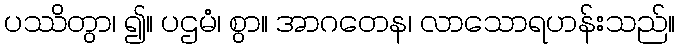
ပဿိတွာ၊ ၍။ ပဌမံ၊ စွာ။ အာဂတေန၊ လာသောရဟန်းသည်။